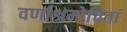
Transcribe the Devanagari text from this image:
वर्णाश्रमोचितां